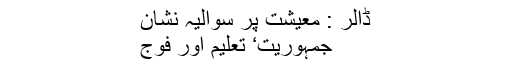
ڈالر : معیشت پر سوالیہ نشان
جمہوریت‘ تعلیم اور فوج